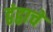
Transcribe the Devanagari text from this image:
द्वंद्वाचे